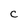
Character: C